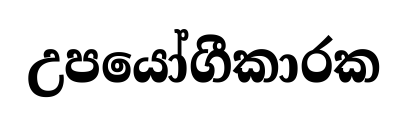
උපයෝගීකාරක